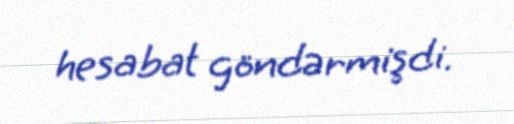
hesabat göndərmişdi.